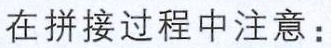
在拼接过程中注意：